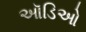
ઑડિઓ